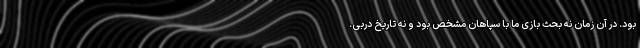
بود. در آن زمان نه بحث بازی ما با سپاهان مشخص بود و نه تاریخ دربی.